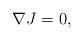
LaTeX: \begin{align*}\nabla J=0,\end{align*}